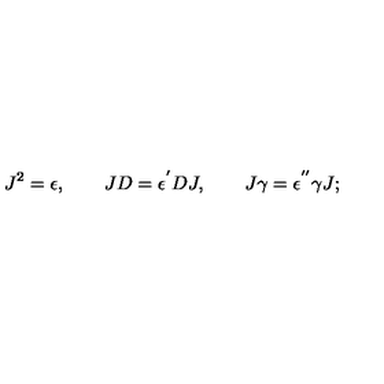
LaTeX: J ^ { 2 } = \epsilon , \qquad J D = \epsilon ^ { ^ { \prime } } D J , \qquad J \gamma = \epsilon ^ { ^ { \prime \prime } } \gamma J ;